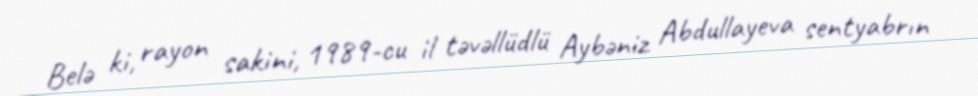
Belə ki, rayon sakini, 1989-cu il təvəllüdlü Aybəniz Abdullayeva sentyabrın